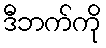
ဒီဘက်ကို